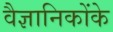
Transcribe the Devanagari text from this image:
वैज्ञानिकोंके